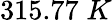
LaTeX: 315.77\; K